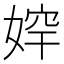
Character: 𡞛